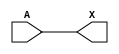
module sky130_fd_sc_ms__clkbuf_5 (
    X,
    A
);
    output X;
    input  A;
    wire buf0_out_X;
    buf buf0 (buf0_out_X, A              );
    buf buf1 (X         , buf0_out_X     );
endmodule